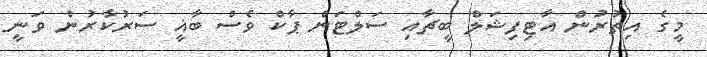
މީގެ އިތުރުން އާޓިފިޝަލް ބީޗާއި ސަލްޓަން ޕާކް ވެސް ބާޣީ ސަރުކާރުން ވަނީ